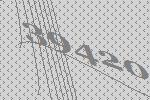
39420